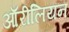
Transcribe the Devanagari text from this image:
ऑरीलियन